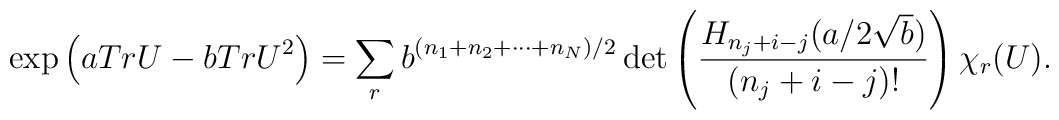
\exp \left( a Tr U - b Tr U^2 \right) = \sum_rb^{(n_1+n_2+\cdots+n_N)/2} \det \left( \frac{H_{n_j+i-j}(a/2\sqrt{b})}{(n_j+i-j)!}\right)  \chi_r (U).